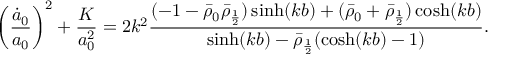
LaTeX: \left( \frac { \dot { a } _ { 0 } } { a _ { 0 } } \right) ^ { 2 } + \frac { K } { a _ { 0 } ^ { 2 } } = 2 k ^ { 2 } \frac { ( - 1 - \bar { \rho } _ { 0 } \bar { \rho } _ { \frac 1 2 } ) \sinh ( k b ) + ( \bar { \rho } _ { 0 } + \bar { \rho } _ { \frac 1 2 } ) \cosh ( k b ) } { \sinh ( k b ) - \bar { \rho } _ { \frac 1 2 } ( \cosh ( k b ) - 1 ) } .